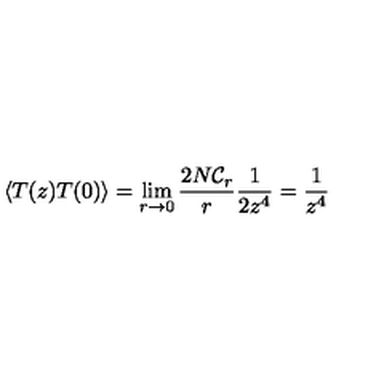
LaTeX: \langle T ( z ) T ( 0 ) \rangle = \lim _ { r \rightarrow 0 } \frac { 2 N { \cal C } _ { r } } { r } \frac { 1 } { 2 z ^ { 4 } } = \frac { 1 } { z ^ { 4 } }